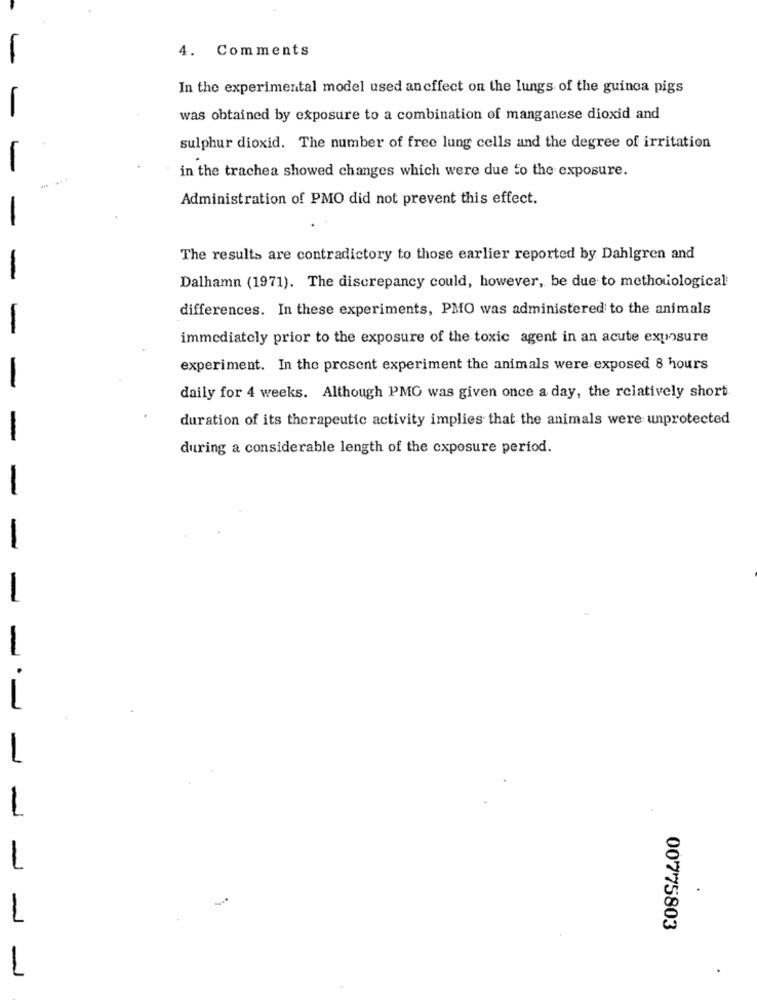
4. Comments
In the experimental model used ancffect on the lungs of the guinea pigs
was obtained by exposure to a combination of manganese dioxid and
sulphur dioxid. The number of free lung cells and the degree of irritation
in the trachea showed changes which were due to the exposure.
Administration of PMO did not prevent this effect.
The results are contradictory to those earlier reported by Dahlgren and
Dalhamn (1971). The discrepancy could, however, be due to methouological
differences. In these experiments, PMO was administered to the animals
immediately prior to the exposure of the toxic agent in an acute exposure
experiment. In the present experiment the animals were exposed 8 hours
daily for 4 weeks. Although PMO was given once a day, the relatively short
duration of its therapeutic activity implies that the animals were unprotected
during a considerable length of the exposure period.
-
1
1
00775803
1